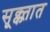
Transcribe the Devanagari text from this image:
सूक्क्तात